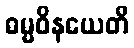
ဓမ္မဝိနယေတိ